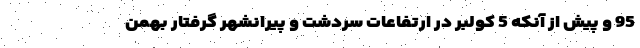
95 و پيش از آنكه 5 كولبر در ارتفاعات سردشت و پيرانشهر گرفتار بهمن